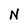
Character: N